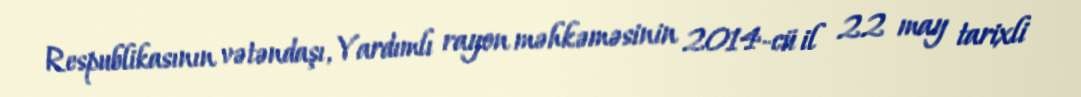
Respublikasının vətəndaşı, Yardımlı rayon məhkəməsinin 2014-cü il 22 may tarixli